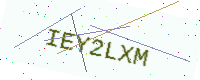
Text: IEY2LXM